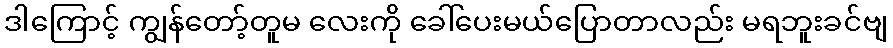
ဒါကြောင့် ကျွန်တော့်တူမ လေးကို ခေါ်ပေးမယ်ပြောတာလည်း မရဘူးခင်ဗျ